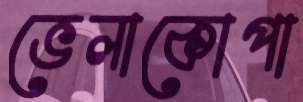
ভেলাকোপা